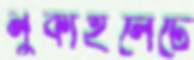
লুকাইলেঢে